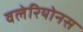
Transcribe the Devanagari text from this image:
वलेरियोनस